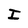
Character: I